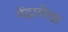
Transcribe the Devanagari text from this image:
मेंढालेखा